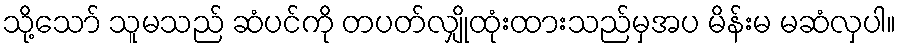
သို့သော် သူမသည် ဆံပင်ကို တပတ်လျှိုထုံးထားသည်မှအပ မိန်းမ မဆံလှပါ။